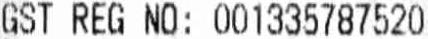
GST REG NO: 001335787520